Bombay plague: being a history of the progress of plague in the Bombay presidency from September 1896 to June 1899
Year: 1896
Disease focus: Plague
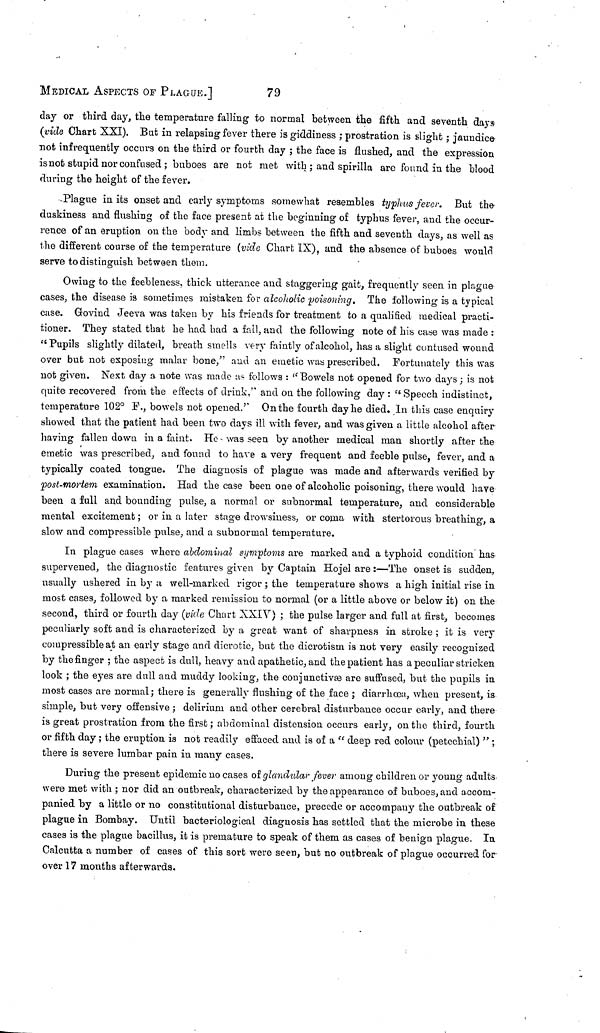
MEDICAL ASPECTS OF PLAGUE.]
79
day or third day, the temperature falling to normal between the fifth and seventh days
(vide Chart XXI). But in relapsing fever there is giddiness ; prostration is slight ; jaundice
not infrequently occurs on the third or fourth day ; the face is flushed, and the expression
is not stupid nor confused ; buboes are not met with ; and spirilla are found in the blood
during the height of the fever.
Plague in its onset and early symptoms somewhat resembles typhus fever. But the
duskiness and flushing of the face present at the beginning of typhus fever, and the occur-
rence of an eruption on the body and limbs between the fifth and seventh days, as well as
the different course of the temperature (vide Chart IX), and the absence of buboes would
serve to distinguish between them.
Owing to the feebleness, thick utterance and staggering gait, frequently seen in plague
cases, the disease is sometimes mistaken for alcoholic poisoning. The following is a typical
case. Govind Jeeva was taken by his friends for treatment to a qualified medical practi-
tioner. They stated that he had had a fall, and the following note of his case was made :
"Pupils slightly dilated, breath smells very faintly of alcohol, has a slight contused wound
over but not exposing malar bone," and an emetic was prescribed. Fortunately this was
not given. Nest day a note was made as follows : "Bowels not opened for two days ; is nofe
quite recovered from the effects of drink," and on the following day : " Speech indistinct,
temperature 102° F., bowels not opened.'' On the fourth day he died. In this case enquiry
showed that the patient had been two days ill with fever, and was given a little alcohol after
having fallen down in a faint. He was seen by another medical man shortly after the
emetic was prescribed, and found to have a very frequent and feeble pulse, fever, and a
typically coated tongue. The diagnosis of plague was made and afterwards verified by
post-mortem examination. Had the case been one of alcoholic poisoning, there would have
been a full and bounding pulse, a normal or subnormal temperature, and considerable
mental excitement ; or in a later stage drowsiness, or coma with stertorous breathing, a
slow and compressible pulse, and a subnormal temperature.
In plague cases where abdominal symptoms are marked and a typhoid condition has
supervened, the diagnostic features given by Captain Hojel are :—The onset is sudden,
usually ushered in by a well-marked rigor ; the temperature shows a high initial rise in
most cases, followed by a marked remission to normal (or a little above or below it) on the
second, third or fourth day (vide Chart XXIV) ; the pulse larger and full at first, becomes
peculiarly soft and is characterized by a great want of sharpness in stroke ; it is very
compressible at an early stage and dicrotic, but the dicrotism is not very easily recognized
by the finger ; the aspect is dull, heavy and apathetic, and the patient has a peculiar stricken
look ; the eyes are dull and muddy looking, the conjunctive are suffused, but the pupils in
most cases are normal ; there is generally flushing of the face ; diarrhoea, when present, is
simple, but very offensive ; delirium and other cerebral disturbance occur early, and there
is great prostration from the first ; abdominal distension occurs early, on the third, fourth
or fifth day ; the eruption is not readily effaced and is of a " deep red colour (petcchial) " ;
there is severe lumbar pain in many cases.
During the present epidemic no cases of glandular fever among children or young adults
were met with ; nor did an outbreak, characterized by the appearance of buboes, and accom-
panied by a little or no constitutional disturbance, precede or accompany the outbreak of
plague in Bombay. Until bacteriological diagnosis has settled that the microbe in these
cases is the plague bacillus, it is premature to speak of them as cases of benign plague. Ια
Calcutta a number of cases of this sort were seen, but no outbreak of plague occurred for
over 17 months afterwards.